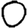
Digit: 0